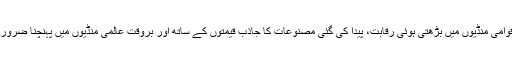
بین الاقوامی منڈیوں میں بڑھتی ہوئی رقابت، پیدا کی گئی مصنوعات کا جاذب قیمتوں کے ساتھ اور بروقت عالمی منڈیوں میں پہنچنا ضروری ہے۔